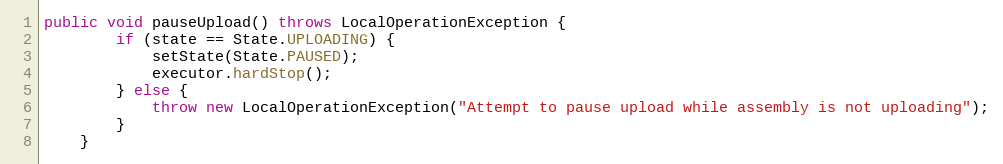
Language: Java
public void pauseUpload() throws LocalOperationException {
        if (state == State.UPLOADING) {
            setState(State.PAUSED);
            executor.hardStop();
        } else {
            throw new LocalOperationException("Attempt to pause upload while assembly is not uploading");
        }
    }